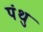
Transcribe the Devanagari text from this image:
पंथु